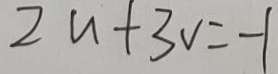
2 u + 3 V = - 1